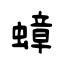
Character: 蟑